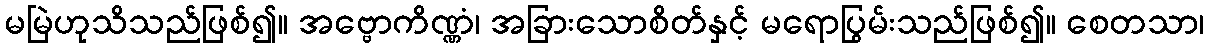
မမြဲဟုသိသည်ဖြစ်၍။ အဗ္ဗောကိဏ္ဏံ၊ အခြားသောစိတ်နှင့် မရောပြွမ်းသည်ဖြစ်၍။ စေတသာ၊